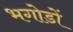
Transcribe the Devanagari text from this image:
भगोडों